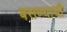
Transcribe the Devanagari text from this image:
बसण्‍याची